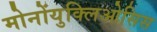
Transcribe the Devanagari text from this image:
मोनोंयुक्लिओसिस